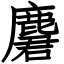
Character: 麏